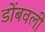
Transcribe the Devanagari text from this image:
डोंबवली